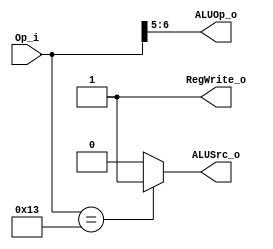
module Control(Op_i, ALUOp_o, ALUSrc_o, RegWrite_o);
input [6:0] Op_i;
output [1:0] ALUOp_o;
output ALUSrc_o;
output RegWrite_o;
wire [6:0] Op_i;
wire [1:0] ALUOp_o;
reg ALUSrc_o;
wire RegWrite_o;
always@ (Op_i) begin

if (Op_i == 7'b0010011)
	ALUSrc_o = 1;	
else
	ALUSrc_o = 0;
end

assign RegWrite_o = 1;
assign ALUOp_o[1:0] = Op_i[6:5];

endmodule